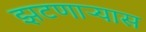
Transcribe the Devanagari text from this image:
झटणाऱ्यास